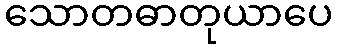
သောတဓာတုယာပေ